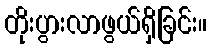
တိုးပွားလာဖွယ်ရှိခြင်း။